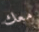
معك